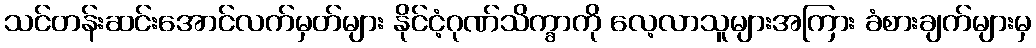
သင်တန်းဆင်းအောင်လက်မှတ်များ နိုင်ငံ့ဂုဏ်သိက္ခာကို လေ့လာသူများအကြား ခံစားချက်များမှ